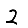
Digit: 2